Annual report on the working of the mental hospitals in the Madras Presidency - 1912-1932
Year: 1912
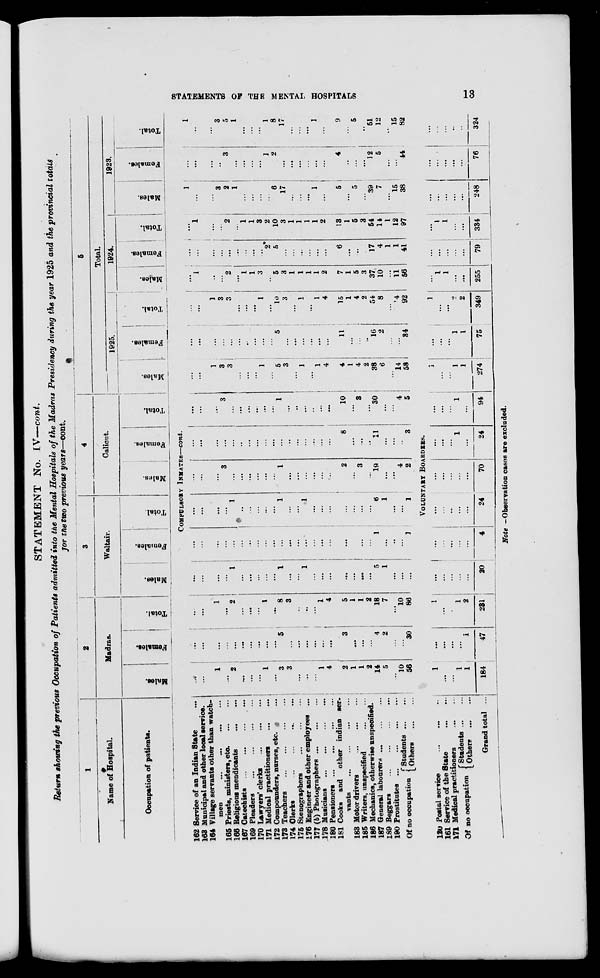
STATEMENTS OF THE MENTAL HOSPITALS
13
STATEMENT No. IV—cont.
Return showing the previous Occupation of Patients admitted into the Mental Hospitals of the Madras Presidency during the year 1925 and the provincial totals
for the two previous years—cont.
1
Name of Hospital.
Occupation of patients.
162
163
164
165
166
167
169
170
171
172
173
174
175
176
177
178
180
181
183
185
186
187
189
190
Service of an Indian State ...
Municipal and other local service.
Village servants other than watch-
men ... ... ... ...
Priests, ministers, etc.
...
...
Religious mendicants
...
...
Catechists
...
...
...
...
Pleaders
...
...
...
...
Lawyers' clerks
...
...
...
Medical practitioners
...
...
Compounders, nurses, etc. ...
Teachers
...
...
...
...
Clerks
...
...
...
...
Stenographers
...
...
...
Engineer and other employees ...
(b) Photographers
...
...
...
Musicians
...
...
...
...
Pensioners ... ... ... ...
Cooks
and
other indian ser-
vants ... ... ... ...
Motor drivers
...
...
...
Writers, unspecified
...
...
Mechanics, otherwise unspecified.
General labourers ... ... ...
Beggars
...
...
...
...
Prostitutes
...
...
...
...
Of no occupation
Students
...
...
Others
...
...
120
161
171
Postal service
...
...
...
Service of the State
...
...
Medical practitioners ... ...
Of no occupation
Students ... ...
Others
...
...
Grand total ...
2
Madras.
Males.
Females.
Total.
3
Waltair.
Males.
Females.
Total.
4
Calicut.
Males.
Females.
Total.
5
Total.
1925.
Males.
Females.
Total.
1924.
Males.
Females.
Total.
1923.
Males.
Females.
Total.
COMPULSORY INMATES—cont.
...
...
1
...
2
...
...
...
1
...
3
3
...
...
...
1
4
2
1
1
2
14
5
...
10
56
...
...
...
...
...
...
...
...
...
...
5
...
...
...
...
...
...
3
...
...
...
4
2
...
...
30
...
...
1
...
2
...
...
...
1
...
8
3
...
...
...
1
4
5
1
1
2
18
7
...
10
86
...
...
...
...
1
...
...
...
...
...
1
...
...
1
...
...
...
...
...
...
...
5
1
...
...
...
...
...
...
...
...
...
...
...
...
...
...
...
...
...
...
...
...
...
...
...
...
1
...
...
...
1
...
...
...
...
1
...
...
...
...
...
1
...
...
1
...
...
...
...
...
...
...
6
1
...
...
1
...
...
...
3
...
...
...
...
...
...
1
...
...
...
...
...
...
2
...
3
...
19
...
...
4
2
...
...
...
...
...
...
...
...
...
...
...
...
...
...
...
...
...
8
...
...
...
11
...
...
...
3
...
...
...
3
...
...
...
...
...
...
1
...
...
...
...
...
...
10
...
3
...
30
...
...
4
5
...
...
1
3
3
...
...
...
1
...
5
3
...
1
...
1
4
4
1
4
2
38
6
14
58
...
...
...
...
...
...
...
...
...
...
5
...
...
...
...
...
...
11
...
...
...
16
2
...
...
34
...
1
3
3
...
...
...
1
...
10
3
...
1
...
1
4
15
1
4
2
54
8
...
14
92
...
1
...
...
2
...
1
1
3
...
5
3
1
1
1
1
2
7
1
5
3
37
10
...
11
56
...
...
...
...
...
...
...
...
...
2
5
...
...
...
...
...
...
6
...
...
...
17
4
1
1
41
...
1
...
2
...
1
1
3
2
10
3
1
1
1
1
2
13
1
5
3
54
14
1
12
97
1
...
...
3
2
1
...
...
...
...
6
17
...
...
...
1
...
5
...
5
...
39
7
...
15
38
...
...
...
...
3
...
...
...
...
1
2
...
...
...
...
...
...
4
...
...
...
12
5
...
...
44
1
...
...
3
5
1
...
...
...
1
8
17
...
...
...
1
...
9
...
5
...
51
12
...
15
82
VOLUNTARY BOARDERS.
1
...
...
1
1
184
...
...
...
...
1
47
1
...
...
1
2
231
...
...
...
...
...
20
...
...
...
...
...
4
...
...
...
...
24
...
...
...
...
...
70
...
...
...
1
...
24
...
...
...
1
94
1
...
...
1
1
274
...
...
...
1
1
75
1
...
...
2
2
349
...
1
1
...
...
255
...
...
...
...
...
79
...
1
1
...
...
334
...
...
...
...
...
248
...
...
...
...
...
76
...
...
...
...
...
324
Note -Observation cases are excluded.